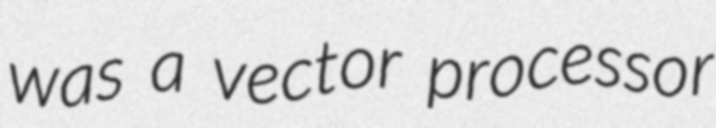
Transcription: was a vector processor